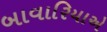
બાવારિયાએ